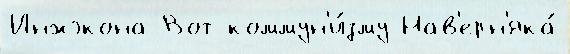
Инжэкона Вот коммун'и́зму Нав'ерн'яка́